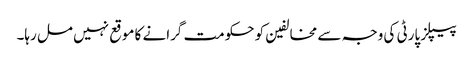
پیپلز پارٹی کی وجہ سے مخالفین کو حکومت گرانے کا موقع نہیں مل رہا۔